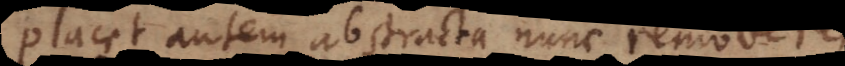
Placet autem abstracta nunc removere